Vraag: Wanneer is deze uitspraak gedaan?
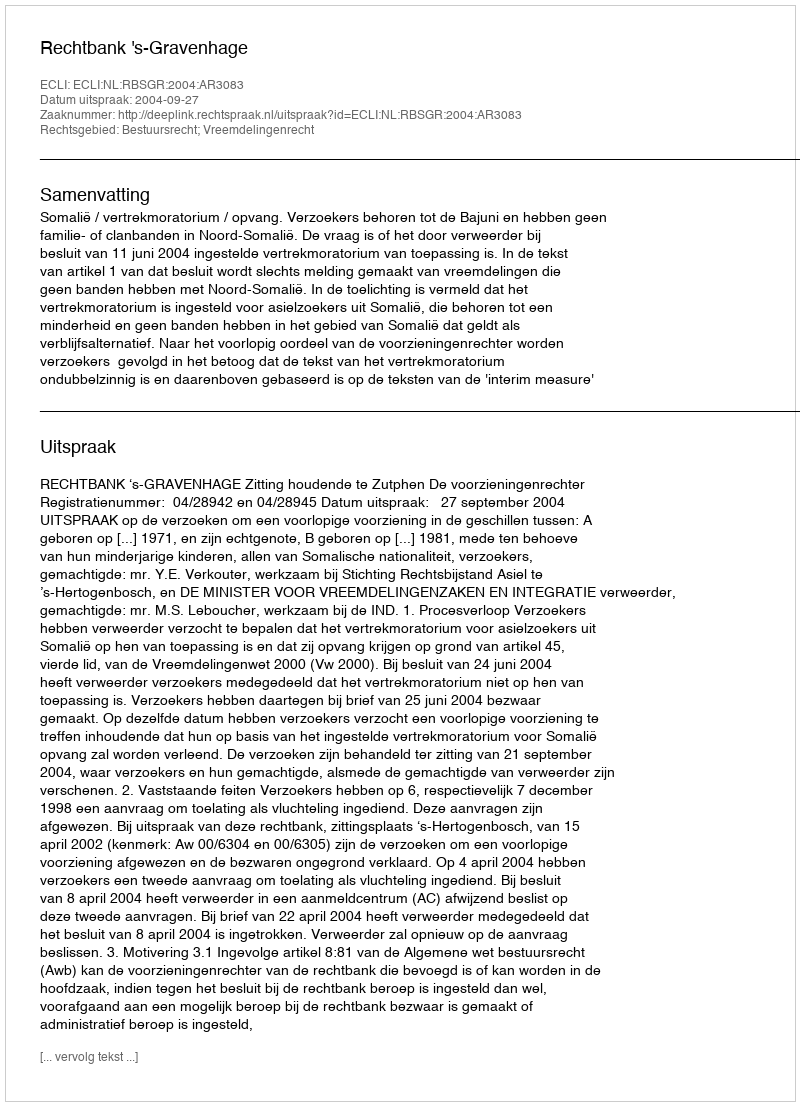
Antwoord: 2004-09-27